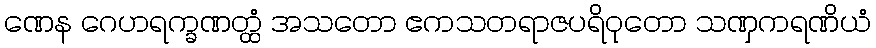
ဏေန ဂေဟရက္ခဏတ္ထံ အသတော ဧကသတရာဇပရိဝုတော သဏှကရဏိယံ